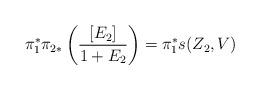
LaTeX: \begin{align*}\pi_1^*\pi_{2*} \left(\frac{[E_2]}{1+E_2}\right) = \pi_1^* s(Z_2,V)\end{align*}